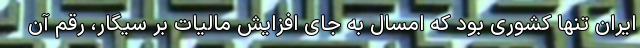
ایران تنها کشوری بود که امسال به جای افزایش مالیات بر سیگار، رقم آن